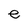
Character: e